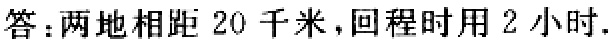
答：两地相距 20 千米，回程时用 2 小时.